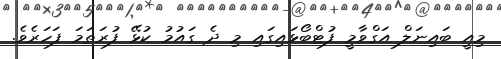
މިއީ ބައިނަލް އަގްވާމީ ފުޓްބޯޅައިގައި މި ދެ ގައުމު ކުޅޭ ފުރަތަމަ ފަހަރެވެ.